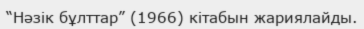
“Нәзік бұлттар” (1966) кітабын жариялайды.